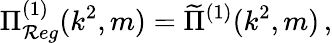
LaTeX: \Pi_{\mathcal{R}eg}^{(1)}(k^{2},m)=\widetilde{{\Pi}}^{(1)}(k^{2},m)\, ,